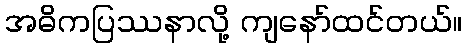
အဓိကပြဿနာလို့ ကျနော်ထင်တယ်။